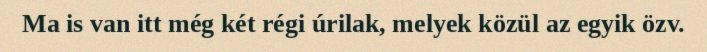
Ma is van itt még két régi úrilak, melyek közül az egyik özv.